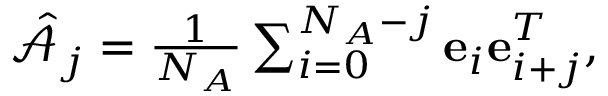
\begin{array} { r } { \hat { \mathcal { A } } _ { j } = \frac { 1 } { N _ { A } } \sum _ { i = 0 } ^ { N _ { A } - j } \mathbf { e } _ { i } \mathbf { e } _ { i + j } ^ { T } , } \end{array}